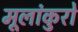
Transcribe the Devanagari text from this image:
मूलांकुरो